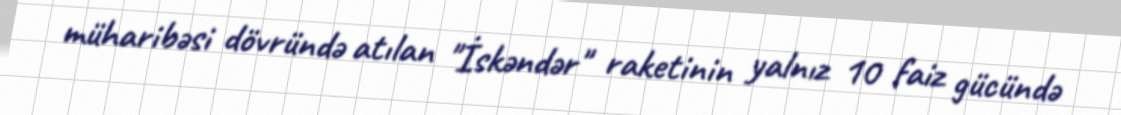
müharibəsi dövründə atılan "İskəndər" raketinin yalnız 10 faiz gücündə